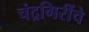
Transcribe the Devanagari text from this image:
चंद्रगिरींचे